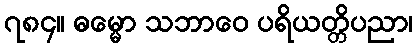
၇၈၄။ ဓမ္မော သဘာဝေ ပရိယတ္တိပညာ၊